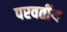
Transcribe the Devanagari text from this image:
परवर्तीय